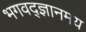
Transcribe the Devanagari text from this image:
भगवद्ज्ञानमय